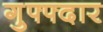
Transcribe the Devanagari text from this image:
गुफ्फ्दार